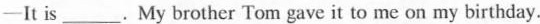
-It is___. My brother Tom gave it to me on my birthday.